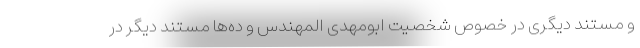
و مستند دیگری در خصوص شخصیت ابومهدی المهندس و ده‌ها مستند دیگر در